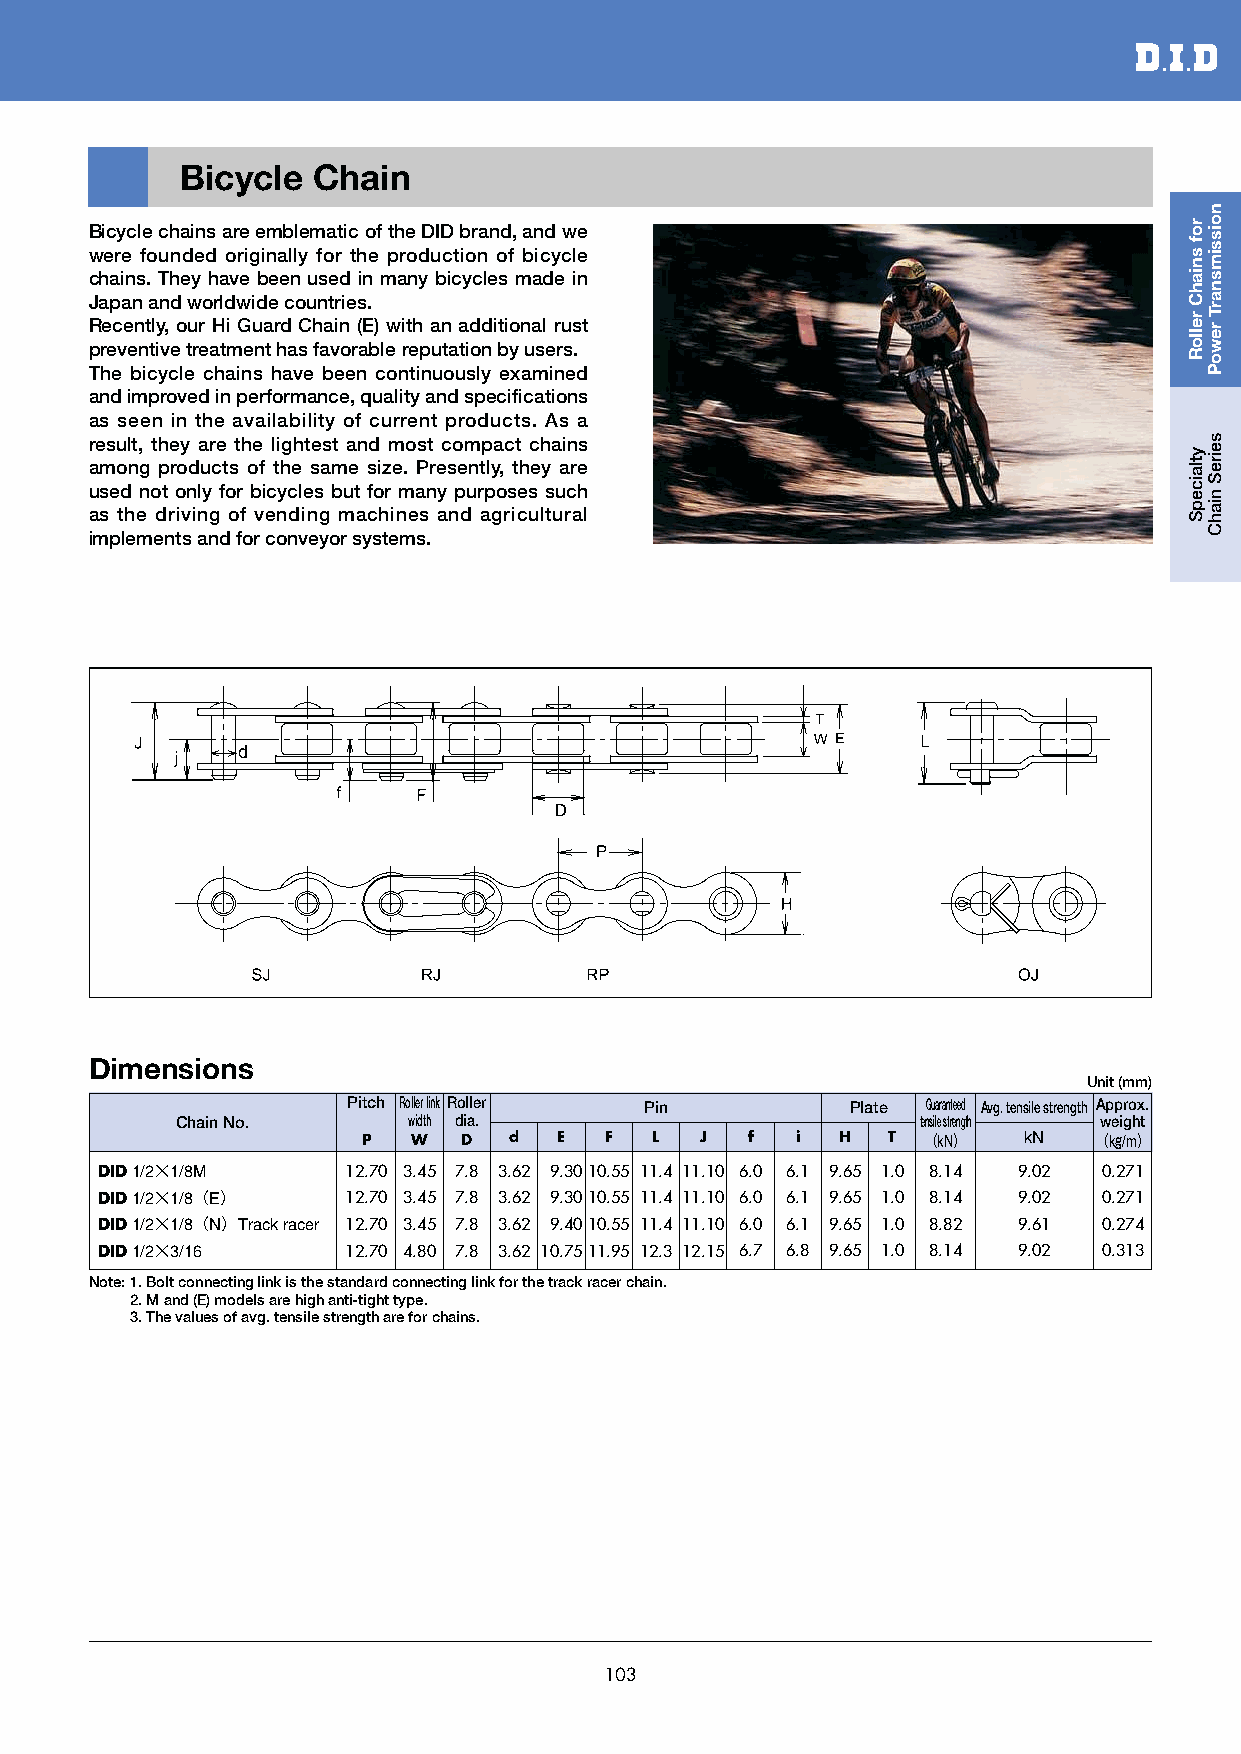
Bicycle  Chain
 Bicycle chains are emblematic of the DID brand, and we
 were founded originally for the production of bicycle
 chains. They have been used in many bicycles made in
 Japan and worldwide countries.
 Recently, our Hi Guard Chain (E) with an additional rust
 preventive treatment has favorable reputation by users.
 The bicycle chains have been continuously examined
 and improved in performance, quality and specifications
 as seen in the availability of current products. As a
 result, they are the lightest and most compact chains
 among products of the same size. Presently, they are
 used not only for bicycles but for many purposes such
 as the driving of vending machines and agricultural
 implements and for conveyor systems.
 Dimensions
 Unit (mm)
 Pitch Roller link Roller Pin     Plate Guaranteed Avg. tensile strength Approx.
 Chain No.      width dia.                        tensile strength weight
 P  W   D  d  E  F  L  J  f   i  H  T （kN）   kN   （kg/m）
 DID 1/2×1/8M     12.70 3.45 7.8 3.62 9.3010.55 11.4 11.10 6.0 6.1 9.65 1.0 8.14 9.02 0.271
 DID 1/2×1/8（E）   12.70 3.45 7.8 3.62 9.3010.55 11.4 11.10 6.0 6.1 9.65 1.0 8.14 9.02 0.271
 DID 1/2×1/8（N）Track racer 12.70 3.45 7.8 3.62 9.4010.55 11.4 11.10 6.0 6.1 9.65 1.0 8.82 9.61 0.274
 DID 1/2×3/16     12.70 4.80 7.8 3.62 10.7511.95 12.3 12.15 6.7 6.8 9.65 1.0 8.14 9.02 0.313
 Note: 1. Bolt connecting link is the standard connecting link for the track racer chain.
 2. M and (E) models are high anti-tight type.
 3. The values of avg. tensile strength are for chains.
 103
 rof
 sniahC
 relloR
 ytlaicepS
 noissimsnarT
 rewoP
 seireS
 niahC